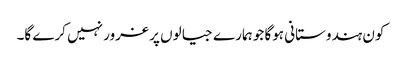
کون ہندوستانی ہوگا جو ہمارے جیالوں پر غرور نہیں کرے گا۔